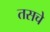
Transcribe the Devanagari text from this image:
तसचे